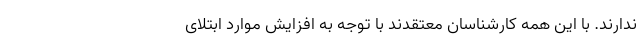
ندارند. با این همه کارشناسان معتقدند با توجه به افزایش موارد ابتلای